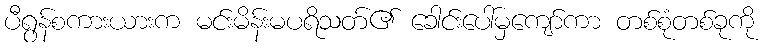
ပီရွန်စကားယားက မင်းမိန်းမပရိသတ်၏ ခေါင်းပေါ်မှကျော်ကာ တစ်စုံတစ်ခုကို